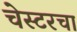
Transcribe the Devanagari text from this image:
चेस्टरचा